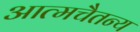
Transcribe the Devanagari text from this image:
आत्मचैतन्य